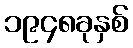
၁၉၄၈ခုနှစ်